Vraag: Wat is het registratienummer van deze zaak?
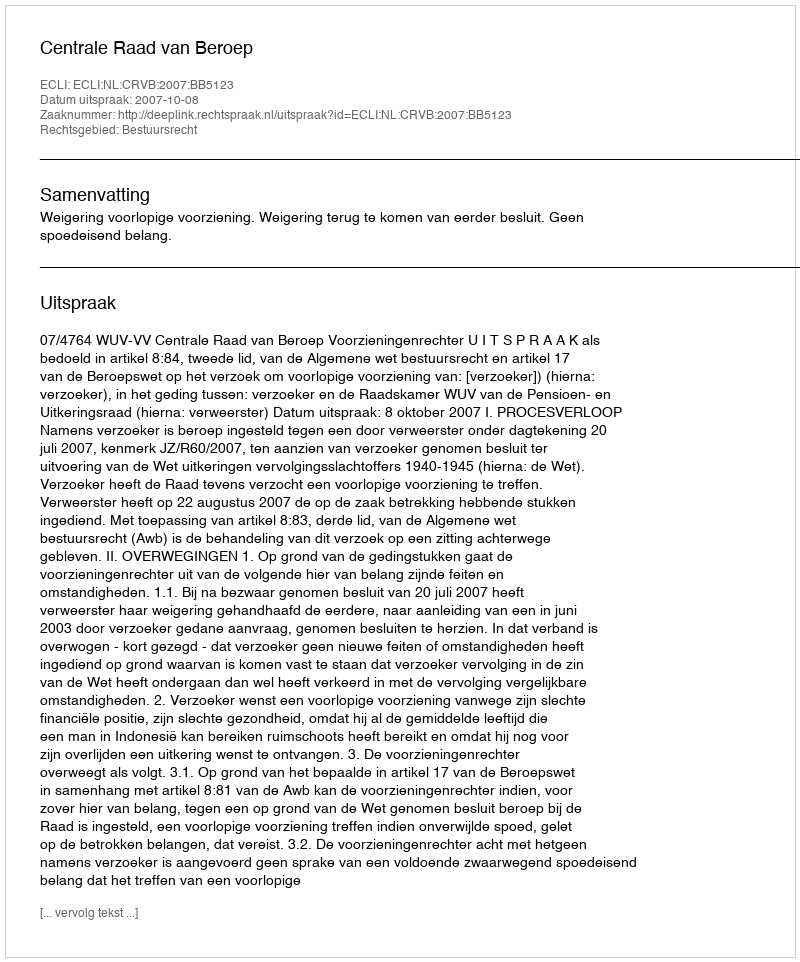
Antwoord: http://deeplink.rechtspraak.nl/uitspraak?id=ECLI:NL:CRVB:2007:BB5123